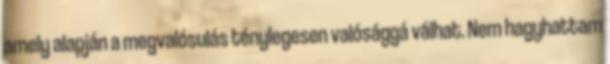
amely alapján a megvalósulás ténylegesen valósággá válhat. Nem hagyhattam